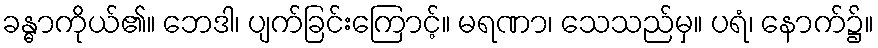
ခန္ဓာကိုယ်၏။ ဘေဒါ၊ ပျက်ခြင်းကြောင့်။ မရဏာ၊ သေသည်မှ။ ပရံ၊ နောက်၌။